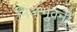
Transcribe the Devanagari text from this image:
निजभुवनीं